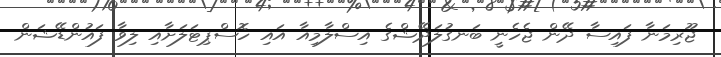
ޖޫރިމަނާ ފައިސާ ދޭން ޖެހެނީ ބަނގުލަދޭޝްގެ އިސްލާމިއާ އައި ހޮސްޕިޓަލަށާއި ލިވާ ފައުންޑޭޝަން